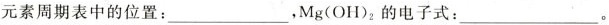
元素周期表中的位置：___， Mg(OH)_{2}的电子式：___。